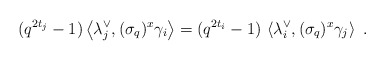
\begin{align*}(q^{2t_{j}}-1)\left\langle \lambda _{j}^{\vee },(\sigma _{q})^{x}\gamma_{i}\right\rangle =(q^{2t_{i}}-1)\,\left\langle \lambda _{i}^{\vee },(\sigma_{q})^{x}\gamma _{j}\right\rangle \,\,. \end{align*}